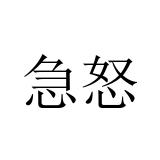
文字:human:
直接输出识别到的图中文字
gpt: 急怒